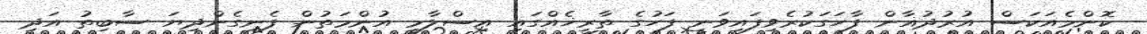
ކޮންމެއަކަސް އުރުދުޣާން ފާހަގަކުރެވިފައިވަނީ ފަހުގެ ތާރީޚެއްގައި އިސްލާމީ އުންމަތުން ފެނިގެންދިޔަ ސާބިތު އަދި